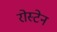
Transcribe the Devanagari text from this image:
रोस्टेन